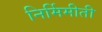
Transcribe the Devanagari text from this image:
निर्मिमीती